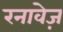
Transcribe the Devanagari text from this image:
रनावेज़